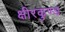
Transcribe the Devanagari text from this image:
क्षीरकुण्ड